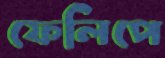
ফেলিপে